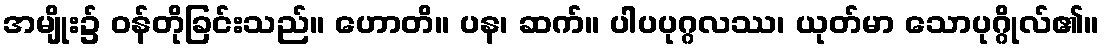
အမျိုး၌ ဝန်တိုခြင်းသည်။ ဟောတိ။ ပန၊ ဆက်။ ပါပပုဂ္ဂလဿ၊ ယုတ်မာ သောပုဂ္ဂိုလ်၏။